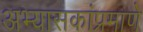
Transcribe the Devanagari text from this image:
अभ्यासकांप्रमाणे